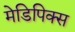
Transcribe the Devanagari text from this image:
मेडिपिक्स